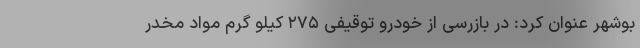
بوشهر عنوان کرد: در بازرسی از خودرو توقیفی ۲۷۵ کیلو گرم مواد مخدر